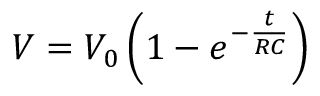
V = V _ { 0 } \left( 1 - e ^ { - \frac { t } { R C } } \right)